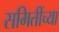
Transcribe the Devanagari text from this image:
समितींच्या